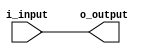
module io_block (
    input wire i_input,
    output reg o_output
);

// LVCMOS buffer implementation
always @ (i_input)
    o_output <= i_input;

endmodule